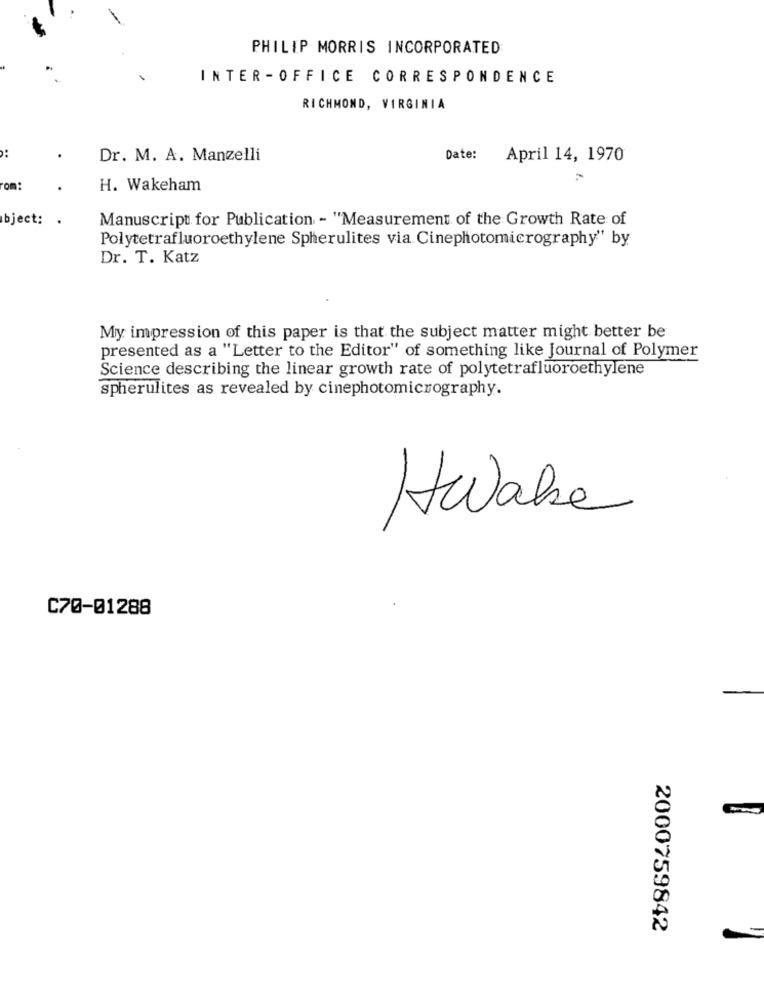
PHILIP MORRIS INCORPORATED
INTER -OFFICE CORRESPONDENCE
RICHMOND, VIRGINIA
Dr. M. A. Manzelli
Date:
April 14, 1970
om:
H. Wakeham
bject: .
Manuscript for Publication - "Measurement of the Growth Rate of
Polytetrafluoroethylene Spherulites via Cinephotomicrography" by
Dr. T. Katz
My impression of this paper is that the subject matter might better be
presented as a "Letter to the Editor" of something like Journal of Polymer
Science describing the linear growth rate of polytetrafluoroethylene
spherulites as revealed by cinephotomicrography.
Iwake
C70-01288
2000759842